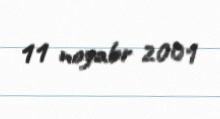
11 noyabr 2001